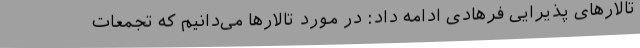
تالارهای پذیرایی فرهادی ادامه داد: در مورد تالارها می‌دانیم که تجمعات